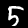
Digit: 5